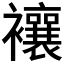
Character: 𧟄